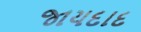
જાયદાદ